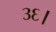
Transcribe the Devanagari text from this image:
३६।